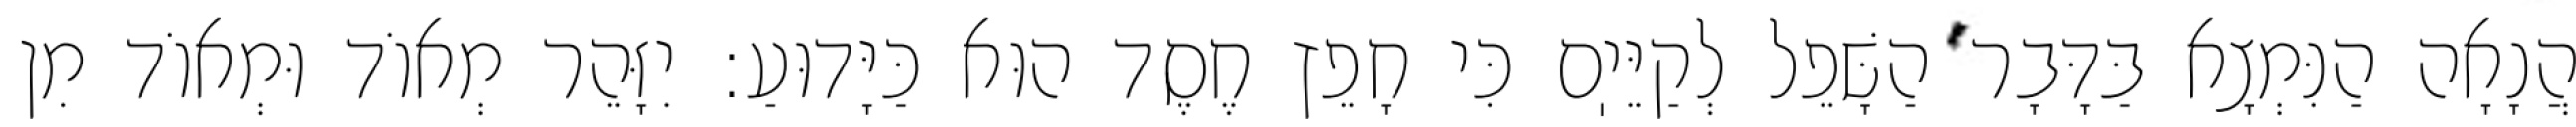
הֲנָאָה הַנִּמְצָא בַּדָּבָר הַשָּׁפֵל לְקַיֵּיֽם כִּי חָפֵץ חֶסֶד הוּא כַּיָּדוּעַ: יִזָּהֵר מְאוֹד וּמְאוֹד מִן